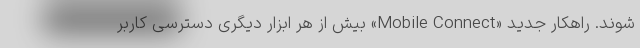
شوند. راهکار جدید «Mobile Connect» بیش از هر ابزار دیگری دسترسی کاربر